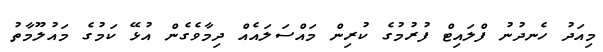
މިއަދު ހެނދުނު ފްލައިޓް ފުރުމުގެ ކުރިން މައްސަލައެއް ދިމާވެގެން އުޅޭ ކަމުގެ މައުލޫމާތު